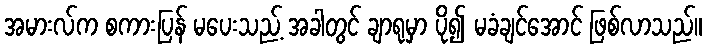
အမားလ်က စကားပြန် မပေးသည့် အခါတွင် ချာရုမှာ ပို၍ မခံချင်အောင် ဖြစ်လာသည်။